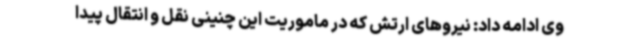
وی ادامه داد: نیروهای ارتش که در ماموریت این چنینی نقل و انتقال پیدا